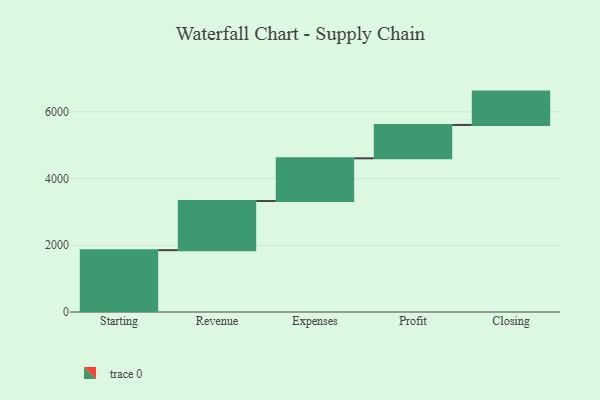
{"axis": {"x": "Step", "y": "Value"}, "legend": [""], "data": [{"x": "Starting", "y": 1854.0, "type": ""}, {"x": "Revenue", "y": 1473.0, "type": ""}, {"x": "Expenses", "y": 1281.0, "type": ""}, {"x": "Profit", "y": 1000, "type": ""}, {"x": "Closing", "y": 1000, "type": ""}]}